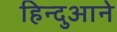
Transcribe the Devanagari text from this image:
हिन्दुआने